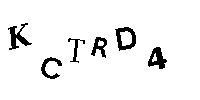
KCTRD4